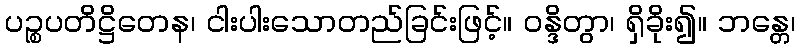
ပဉ္စပတိဋ္ဌိတေန၊ ငါးပါးသောတည်ခြင်းဖြင့်။ ဝန္ဒိတွာ၊ ရှိခိုး၍။ ဘန္တေ၊